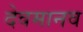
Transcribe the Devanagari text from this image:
देवमानव